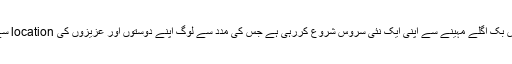
اطلاعات کے مطابق فیس بک اگلے مہینے سے اپنی ایک نئی سروس شروع کررہی ہے جس کی مدد سے لوگ اپنے دوستوں اور عزیزوں کی location سے بھی آگاہ ہوسکیں گے۔